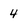
Character: 4